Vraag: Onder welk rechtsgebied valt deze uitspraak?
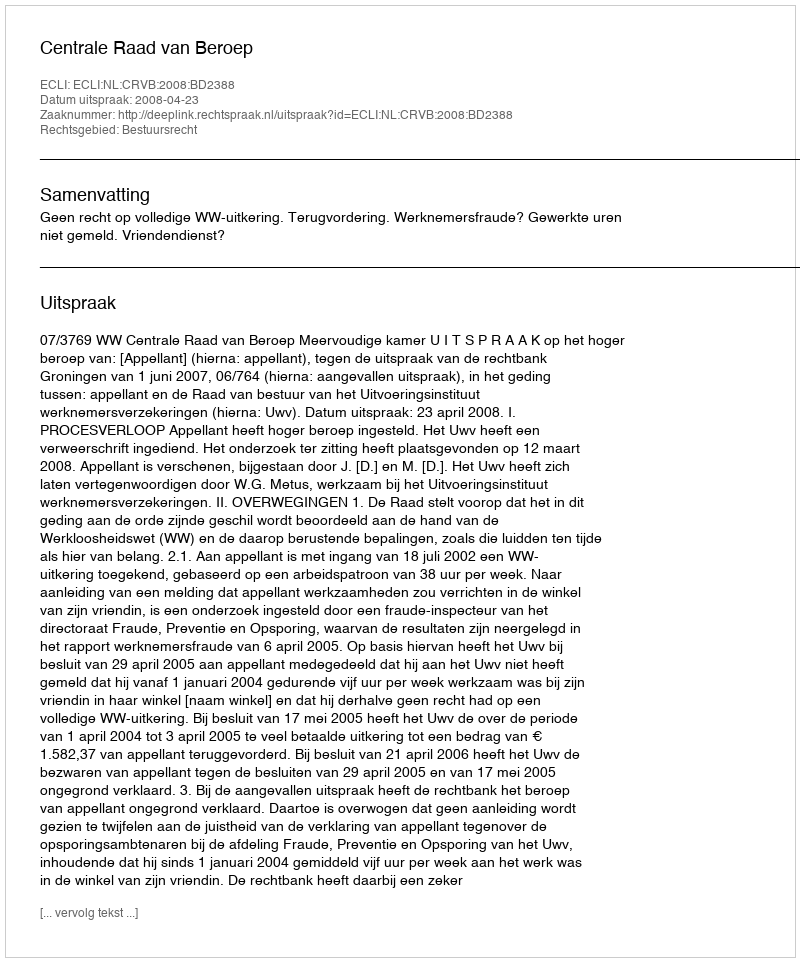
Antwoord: Bestuursrecht